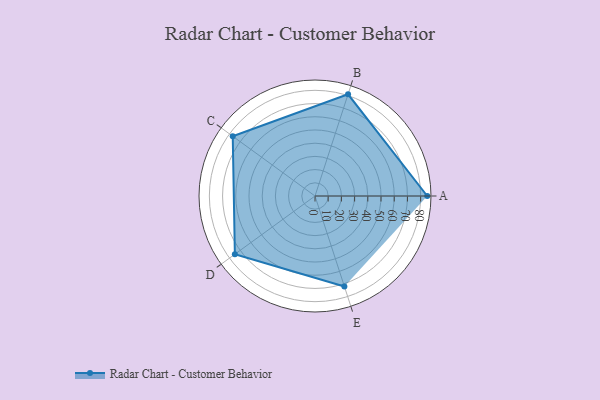
{"axis": {"x": "Skill", "y": "Score"}, "legend": ["Profile"], "data": [{"x": "A", "y": 85.0, "type": "Profile"}, {"x": "B", "y": 81.0, "type": "Profile"}, {"x": "C", "y": 77.0, "type": "Profile"}, {"x": "D", "y": 75.0, "type": "Profile"}, {"x": "E", "y": 72.0, "type": "Profile"}]}